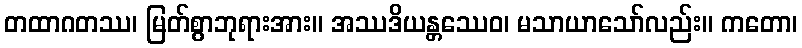
တထာဂတဿ၊ မြတ်စွာဘုရားအား။ အဿဒိယန္တဿေဝ၊ မသာယာသော်လည်း။ ကတော၊